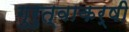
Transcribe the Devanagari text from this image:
गुरुत्वाकर्षी